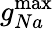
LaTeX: g_{Na}^{\operatorname*{max}}